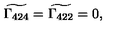
\widetilde { \Gamma _ { 4 2 4 } } = \widetilde { \Gamma _ { 4 2 2 } } = 0 ,